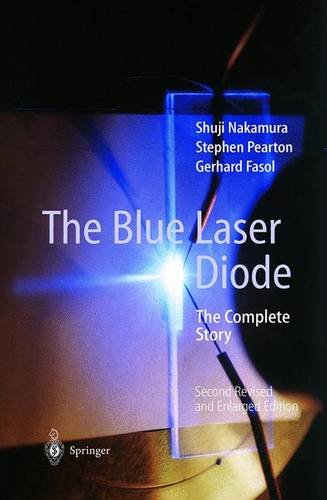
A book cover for The Blue Laser Diode: The Complete Story; Shuji Nakamura; Science & Math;